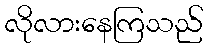
လိုလားနေကြသည်